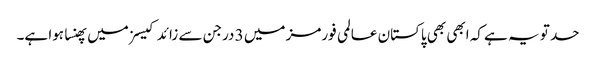
حد تو یہ ہے کہ ابھی بھی پاکستان عالمی فورمز میں 3 درجن سے زائد کیسزمیں پھنسا ہوا ہے۔